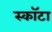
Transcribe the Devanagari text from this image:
स्कॉटा